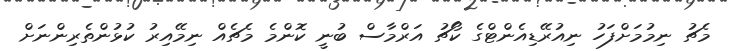
މެޗު ނިމުމަށްފަހު ނިއުރޭޑިއެންޓްގެ ކޯޗު އަރްމާސް ބުނީ ކޮންމެ މެޗެއް ނިމޭއިރު ކުޅުންތެރިންނަށް